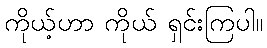
ကိုယ့်ဟာ ကိုယ် ရှင်းကြပါ။